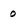
Character: 0